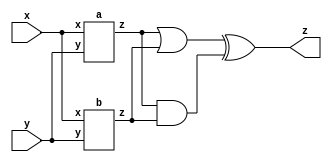
module top_module (input x, input y, output z);
    wire z1,z2;
    a a1(x,y,z1); // first level
    b b1(x,y,z2); // first level
    assign z = (z1|z2)^(z1&z2); // second level

endmodule

module a (input x, input y, output z);
    assign z = (x^y) & x;
endmodule

module b ( input x, input y, output z );
    assign z = (~x&~y) | (x&y);
endmodule